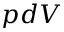
p d V